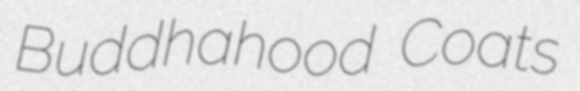
Buddhahood Coats